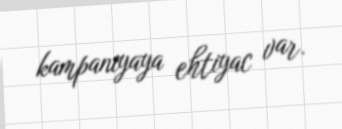
kampaniyaya ehtiyac var.